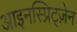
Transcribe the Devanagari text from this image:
आइनस्प्रिट्ज़ेन